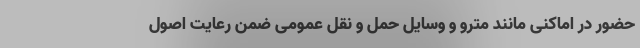
حضور در اماکنی مانند مترو و وسایل حمل و نقل عمومی ضمن رعایت اصول